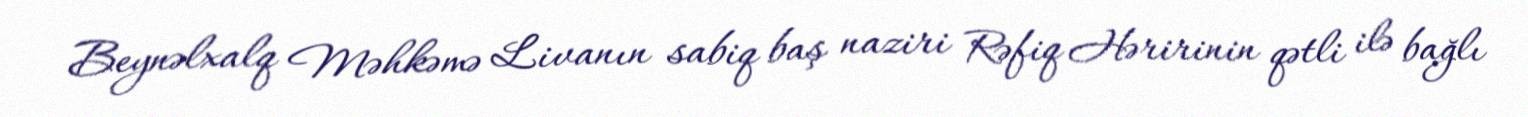
Beynəlxalq Məhkəmə Livanın sabiq baş naziri Rəfiq Həririnin qətli ilə bağlı